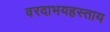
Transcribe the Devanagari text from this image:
वरदाभयहस्ताय